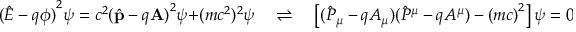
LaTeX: { ( { \hat { E } } - q \phi ) } ^ { 2 } \psi = c ^ { 2 } { ( { \hat { \mathbf { p } } } - q \mathbf { A } ) } ^ { 2 } \psi + ( m c ^ { 2 } ) ^ { 2 } \psi \quad \rightleftharpoons \quad \left[ { ( { \hat { P } } _ { \mu } - q A _ { \mu } ) } { ( { \hat { P } } ^ { \mu } - q A ^ { \mu } ) } - { ( m c ) } ^ { 2 } \right] \psi = 0 .